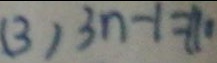
( 3 ) 3 n - 1 = 1 1 0